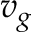
v _ { g }